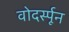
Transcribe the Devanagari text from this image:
वोदर्स्पून